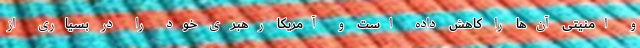
و امنیتی آن‌ها را کاهش داده است و آمریکا رهبری خود را در بسیاری از